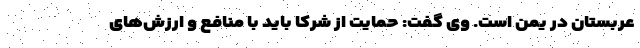
عربستان در یمن است. وی گفت: حمایت از شرکا باید با منافع و ارزش‌های